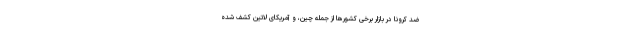
ضد کرونا در بازار برخی کشورها از جمله چین، و آمریکای لاتین کشف شده